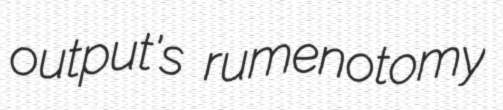
output's rumenotomy